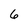
Character: 6